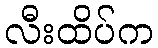
လီးထိပ်က